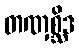
တဏှစ္ဆိဒ